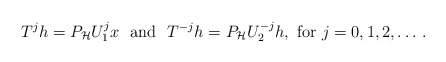
\begin{align*} T^jh =P_\mathcal{H}U_1^jx \ \ \mbox{and} \ \ T^{-j}h =P_\mathcal{H}U_2^{-j}h, \ \mbox{for} \ j=0, 1, 2, \dotsc \,. \end{align*}